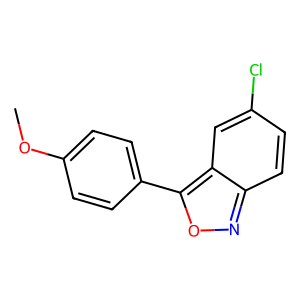
SMILES: COc1ccc(-c2onc3ccc(Cl)cc23)cc1
Inhibits HIV replication: No